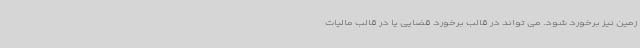
زمین نیز برخورد شود. می تواند در قالب برخورد قضایی یا در قالب مالیات